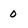
Character: 0